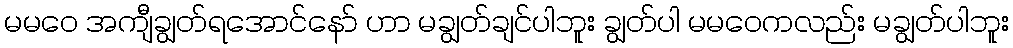
မမဝေ အကျီချွတ်ရအောင်နော် ဟာ မချွတ်ချင်ပါဘူး ချွတ်ပါ မမဝေကလည်း မချွတ်ပါဘူး